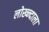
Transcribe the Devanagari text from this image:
लोख्न्दाला